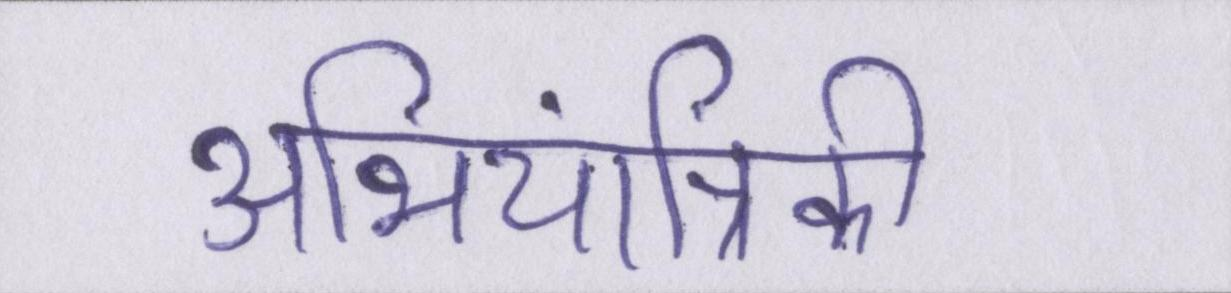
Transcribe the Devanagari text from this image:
अभियांत्रिकी